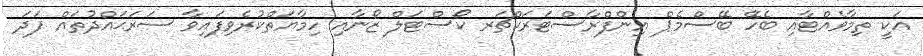
އަކީ ތިމާވެއްޓާއި ބެހޭ ބޭސްމެޕް އިންފްރާސްޓަރަކްޗަރ ކޯސްޓަލް ޒޯނާއި ހިމާޔަތްކުރެވިފައިވާ ސަރަޙައްދުތައް ފަދަ